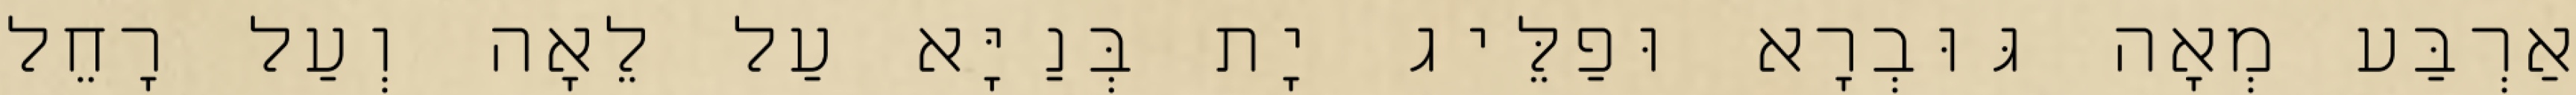
אַרְבַּע מְאָה גּוּבְרָא וּפַלֵּיג יָת בְּנַיָּא עַל לֵאָה וְעַל רָחֵל